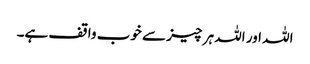
اللہ اور اللہ ہر چیز سے خوب واقف ہے۔